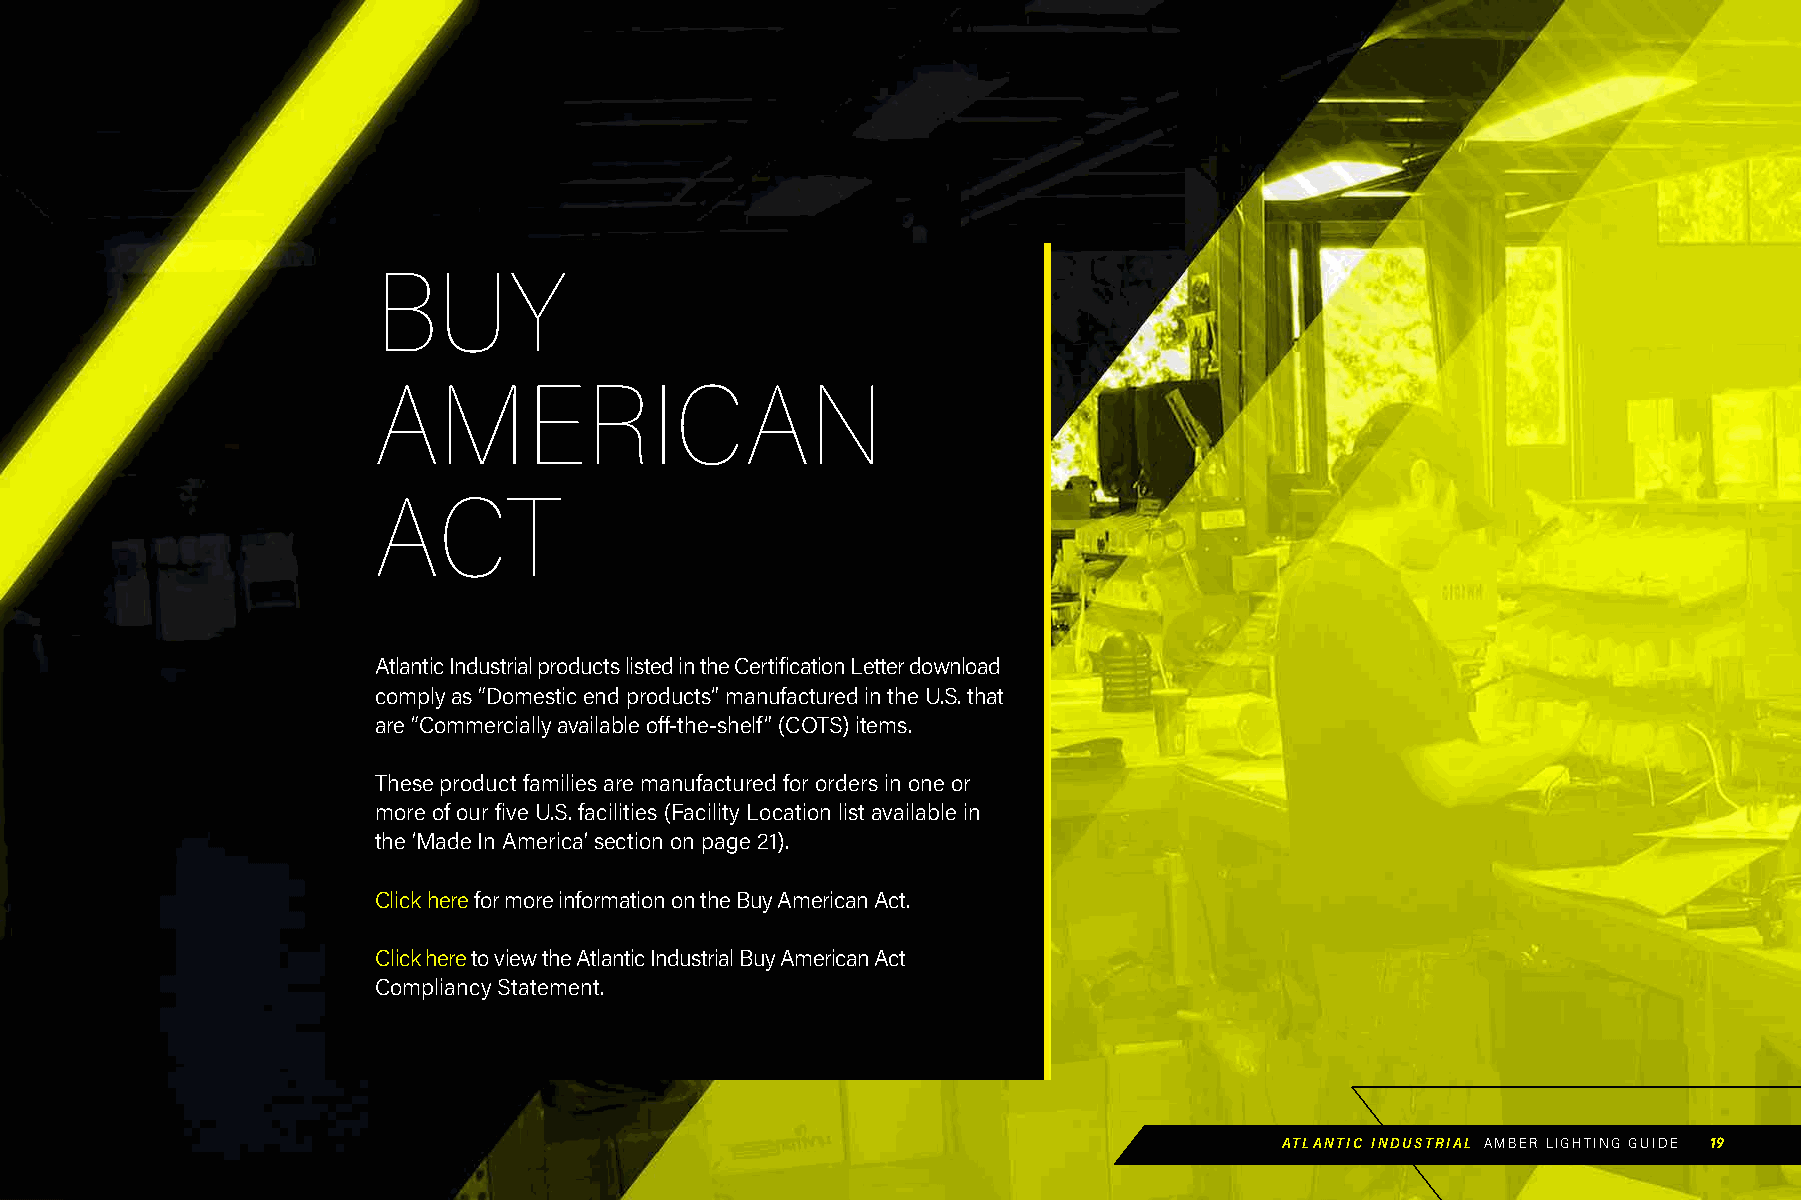
BUY
 AMERICAN
 ACT
 Atlantic Industrial products listed in the Certification Letter download
 comply as “Domestic end products” manufactured in the U.S. that
 are “Commercially available off-the-shelf” (COTS) items.
 These product families are manufactured for orders in one or
 more of our five U.S. facilities (Facility Location list available in
 the ‘Made In America’ section on page 21).
 Click here for more information on the Buy American Act.
 Click here to view the Atlantic Industrial Buy American Act
 Compliancy Statement.
 ATLANTIC INDUSTRIAL AMBER LIGHTING GUIDE 19